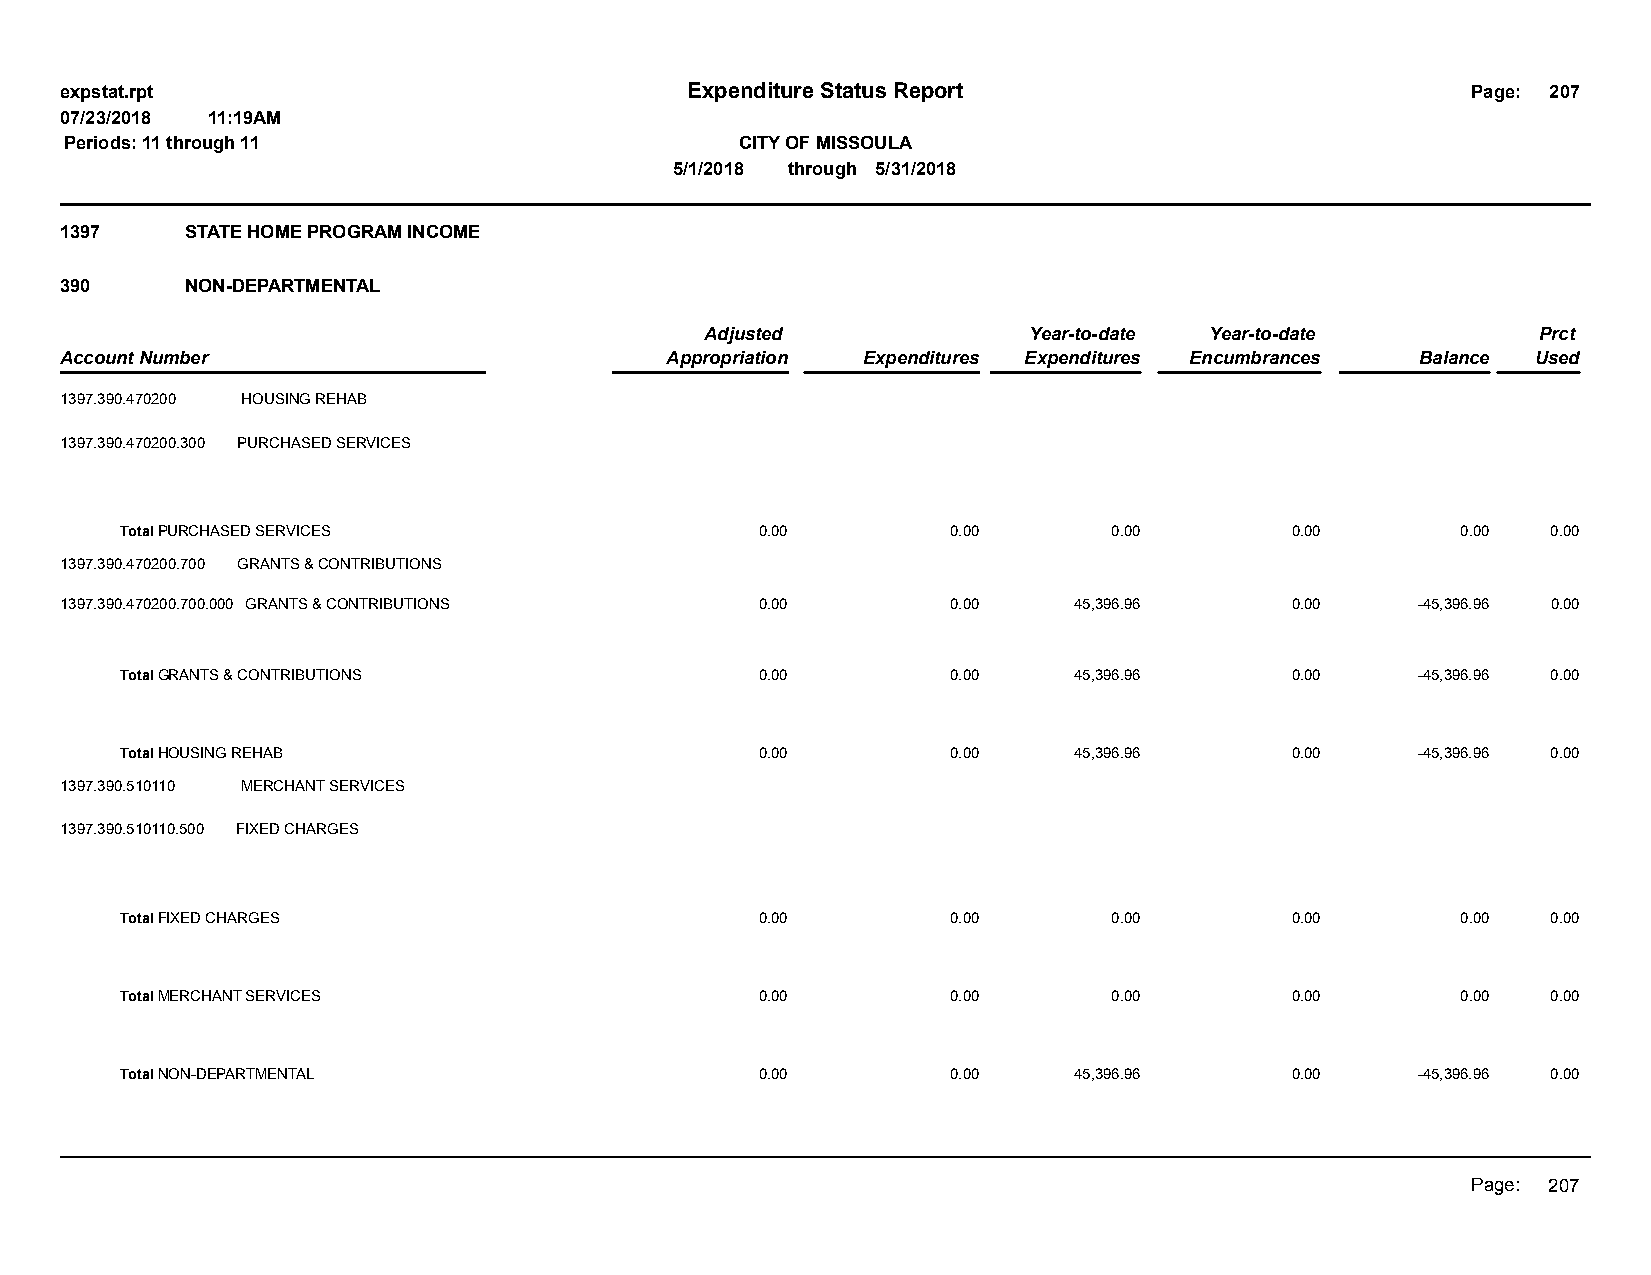
expstat.rpt                              Expenditure Status Report                           Page: 207
 07/23/2018 11:19AM
 Periods: 11 through 11                       CITY OF MISSOULA
 5/1/2018 through 5/31/2018
 1397    STATE HOME PROGRAM INCOME
 390     NON-DEPARTMENTAL
 Adjusted             Year-to-date Year-to-date         Prct
 Account Number                          Appropriation Expenditures Expenditures Encumbrances Balance Used
 1397.390.470200 HOUSING REHAB
 1397.390.470200.300 PURCHASED SERVICES
 Total PURCHASED SERVICES                  0.00         0.00       0.00       0.00        0.00  0.00
 1397.390.470200.700 GRANTS & CONTRIBUTIONS
 1397.390.470200.700.000 GRANTS & CONTRIBUTIONS 0.00        0.00    45,396.96     0.00     -45,396.96 0.00
 Total GRANTS & CONTRIBUTIONS              0.00         0.00    45,396.96     0.00     -45,396.96 0.00
 Total HOUSING REHAB                       0.00         0.00    45,396.96     0.00     -45,396.96 0.00
 1397.390.510110 MERCHANT SERVICES
 1397.390.510110.500 FIXED CHARGES
 Total FIXED CHARGES                       0.00         0.00       0.00       0.00        0.00  0.00
 Total MERCHANT SERVICES                   0.00         0.00       0.00       0.00        0.00  0.00
 Total NON-DEPARTMENTAL                    0.00         0.00    45,396.96     0.00     -45,396.96 0.00
 Page: 207